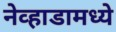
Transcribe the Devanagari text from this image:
नेव्हाडामध्ये